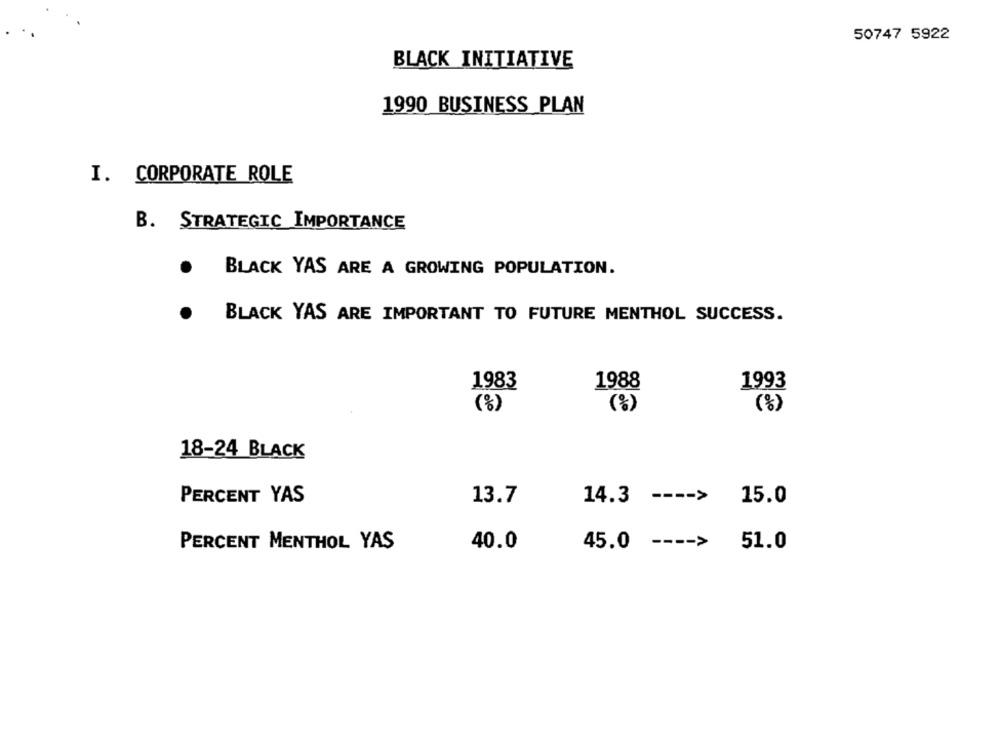
50747 5922
BLACK INITIATIVE
1990 BUSINESS PLAN
I. CORPORATE ROLE
B. STRATEGIC IMPORTANCE
BLACK YAS ARE A GROWING POPULATION.
BLACK YAS ARE IMPORTANT TO FUTURE MENTHOL SUCCESS.
1983
1988
1993
(%)
(%)
(%)
18-24 BLACK
PERCENT YAS
13.7
14.3
---- >
15.0
PERCENT MENTHOL YAS
40.0
45.0 ---- >
51.0